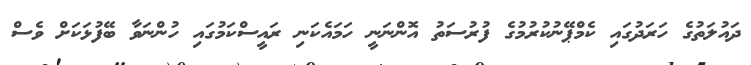
ދައުލަތުގެ ހަރަދުގައި ކެމްޕޭނުކުރުމުގެ ފުރުސަތު އޮންނަނީ ހަމައެކަނި ރައީސްކަމުގައި ހުންނަވާ ބޭފުޅަކަށް ވެސް